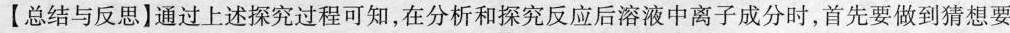
【总结与反思】通过上述探究过程可知，在分析和探究反应后溶液中离子成分时，首先要做到猜想要